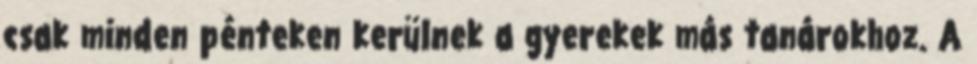
csak minden pénteken kerülnek a gyerekek más tanárokhoz. A